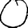
Digit: 0